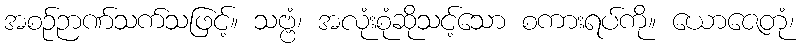
အစဉ်ဉာဏ်သက်သဖြင့်။ သဗ္ဗံ၊ အလုံးစုံဆိုသင့်သော စကားရပ်ကို။ ယောဇေတုံ၊